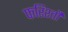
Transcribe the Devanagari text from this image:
फरिश्तौ